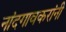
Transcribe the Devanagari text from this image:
नांदगावकरांनी